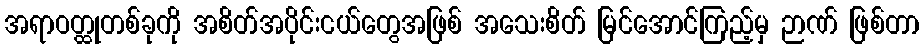
အရာဝတ္ထုတစ်ခုကို အစိတ်အပိုင်းငယ်တွေအဖြစ် အသေးစိတ် မြင်အောင်ကြည့်မှ ဉာဏ် ဖြစ်တာ